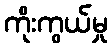
ကိုးကွယ်မှု